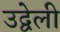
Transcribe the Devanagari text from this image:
उद्वेली